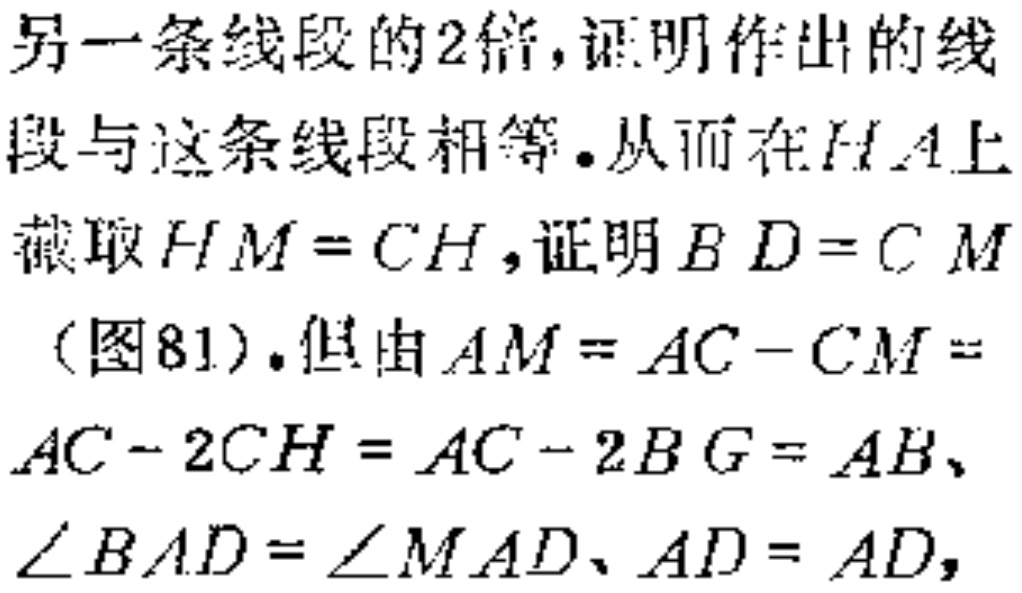
另一条线段的2倍, 证明作出的线段与这条线段相等. 从而在$HA$上截取$HM = CH$, 证明$BD = CM$(图81). 但由$AM = AC - CM = AC - 2CH = AC - 2BG = AB$、$\angle BAD=\angle MAD$、$AD = AD$,